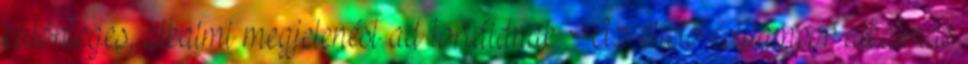
különleges, alkalmi megjelenést ad tortáidnak. Az ehető csillámpor alkalmas